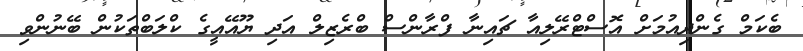
ބެކަމް ގެންދިއުމަށް އޮސްޓްރޭލިއާ ޗައިނާ ފްރާންސް ބްރެޒިލް އަދި ޔޫއޭއީގެ ކްލަބްތަކުން ބޭނުންވި